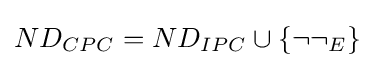
ND_{CPC}=ND_{IPC}\cup \{\neg \neg _{E}\}